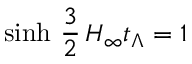
\mathrm { s i n h } \ \frac { 3 } { 2 } \, H _ { \infty } t _ { \Lambda } = 1